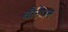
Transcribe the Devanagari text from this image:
बौनेपन